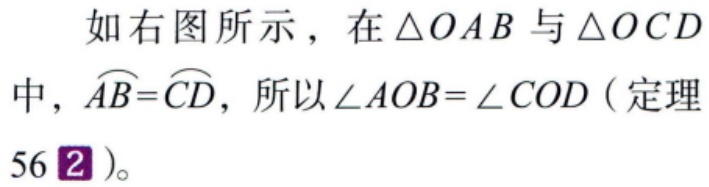
如右图所示，在$\triangle OAB$与$\triangle OCD$中，$\overset{\frown}{AB}=\overset{\frown}{CD}$，所以$\angle AOB = \angle COD$（定理56\(2\)）。